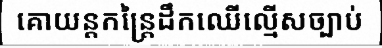
គោយន្តកន្ត្រៃដឹកឈើល្មើសច្បាប់